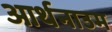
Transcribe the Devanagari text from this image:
आर्थनाउम